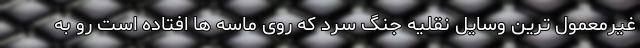
غیرمعمول ترین وسایل نقلیه جنگ سرد که روی ماسه ها افتاده است رو به